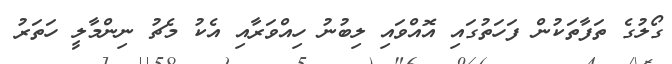
ގޯލުގެ ތަފާތަކުން ފަހަތުގައި އޮއްވައި ލިބުނު ހިއްވަރާއި އެކު މެޗު ނިންމާލީ ހަތަރު